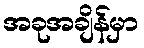
အခုအချိန်မှာ